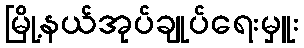
မြို့နယ်အုပ်ချုပ်ရေးမှူး